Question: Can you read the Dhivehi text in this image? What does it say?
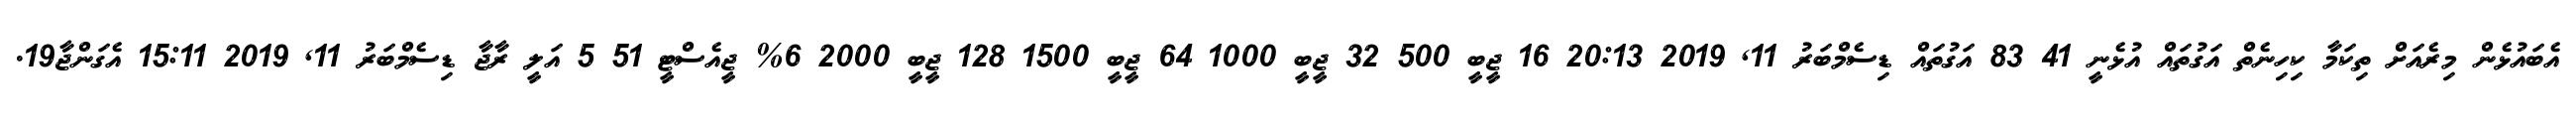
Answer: އެބައުޅެން މިރެއަށް ތިކަމާ ކިހިނެތް އަގުތައް އުޅެނީ 41 83 އަގުތައް ޑިސެމްބަރު 11, 2019 20:13 16 ޖީބީ 500 32 ޖީބީ 1000 64 ޖީބީ 1500 128 ޖީބީ 2000 6% ޖީއެސްޓީ 51 5 އަލީ ރާޖާ ޑިސެމްބަރު 11, 2019 15:11 އެގަންޖާ19.